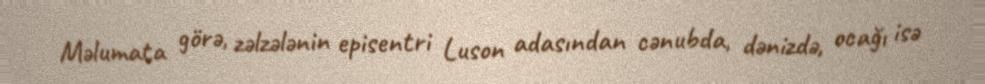
Məlumata görə, zəlzələnin episentri Luson adasından cənubda, dənizdə, ocağı isə